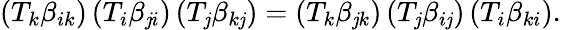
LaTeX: (T_{k}\beta_{ik})\, (T_{i}\beta_{\mathit{j}i})\, (T_{\mathit{j}}\beta_{k\mathit{j}})=(T_{k}\beta_{\mathit{j}k})\, (T_{\mathit{j}}\beta_{i\mathit{j}})\, (T_{i}\beta_{ki}).